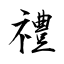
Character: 禮